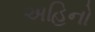
અહિનો